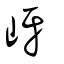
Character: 岈